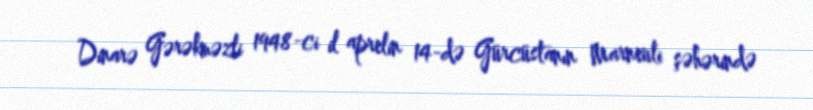
Dinarə Gərəkməzli 1948-ci il aprelin 14-də Gürcüstanın Marneuli şəhərində